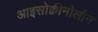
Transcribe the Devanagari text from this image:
आइसोक्वीनोलीन